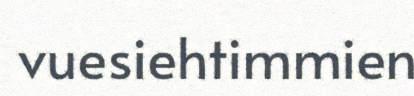
vuesiehtimmien